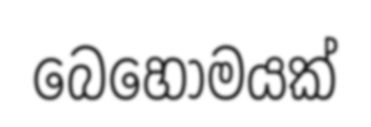
බෙහොමයක්